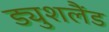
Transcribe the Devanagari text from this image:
ड्युशलैंड